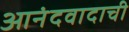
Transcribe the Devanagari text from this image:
आनंदवादाची